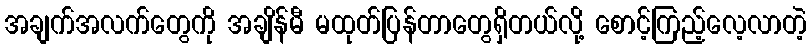
အချက်အလက်တွေကို အချိန်မီ မထုတ်ပြန်တာတွေရှိတယ်လို့ စောင့်ကြည့်လေ့လာတဲ့